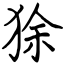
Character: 狳